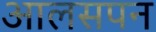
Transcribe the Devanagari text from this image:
आलसपन